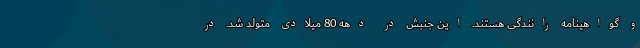
و گواهینامه رانندگی هستند. این جنبش در دهه 80 میلادی متولد شد. در